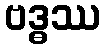
ဗဒ္ဓဿ